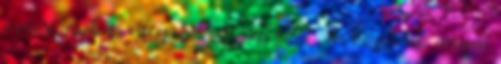
protestánsok is elfogadják. A nép fia: "Ha közületek ennyien